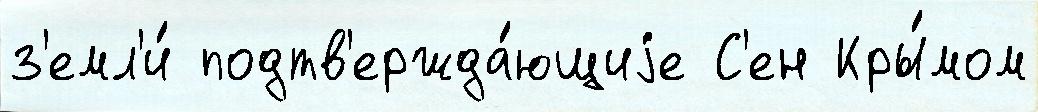
з'емл'и́ подтв'ержда́ющиjе С'ен Кры́мом